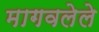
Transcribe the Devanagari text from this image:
मागवलेले